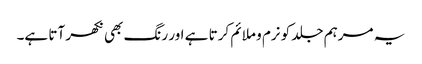
یہ مرہم جلد کو نرم و ملائم کرتا ہے اور رنگ بھی نکھر آتا ہے۔